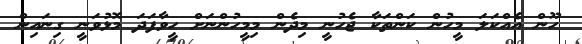
ހޫން އެއްކަލަ މީހުން ކަންތަކާ ޖެހުނީ މިދެން މިމީހުންނަށް ހީވާފަދަ މޮޅުވަނީ ގިނައިން